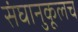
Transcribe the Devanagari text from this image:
संघानुकूलच